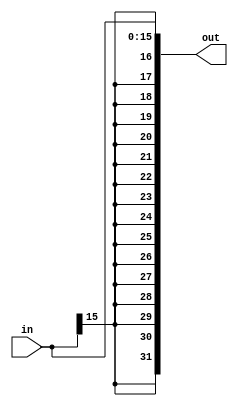
`timescale 1ns / 1ps
//////////////////////////////////////////////////////////////////////////////////
// Company: 
// Engineer: 
// 
// Design Name: 
// Module Name:    SignExtend 
// Project Name: 
// Target Devices: 
// Tool versions: 
// Description: 
//
// Dependencies: 
//
// Revision: 
// Revision 0.01 - File Created
// Additional Comments: 
//
//////////////////////////////////////////////////////////////////////////////////
module SignExtend(out, in);
	input [15:0] in;
	output [31:0] out;
	assign out = {{16{in[15]}}, in};
endmodule